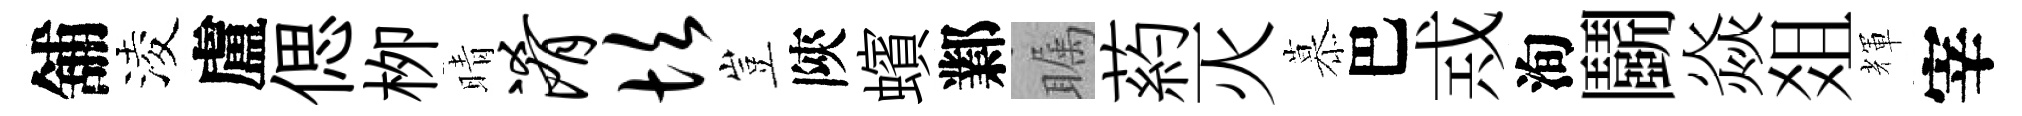
舖淩盧偲栁晴淆坎豈陝蠙鄴瞩葯灭慕巴𢦶洵鬬焱爼輝宰